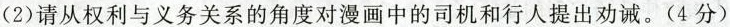
(2)请从权利与义务关系的角度对漫画中的司机和行人提出劝诫。(4分)